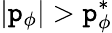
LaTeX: \vert\mathtt{p}_{\phi}\vert>\mathtt{p}_{\phi}^{*}